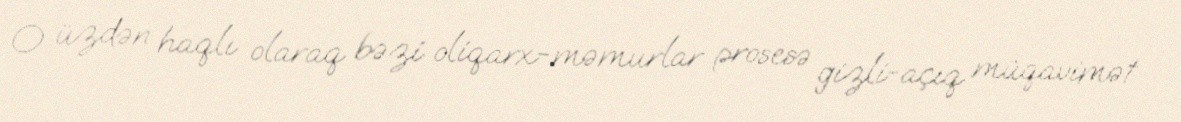
O üzdən haqlı olaraq bəzi oliqarx-məmurlar prosesə gizli-açıq müqavimət